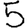
Digit: 5